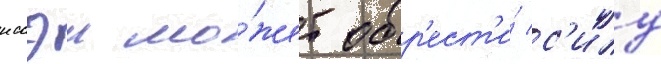
иссэи мо́жет обр'ест'и́ с'илу